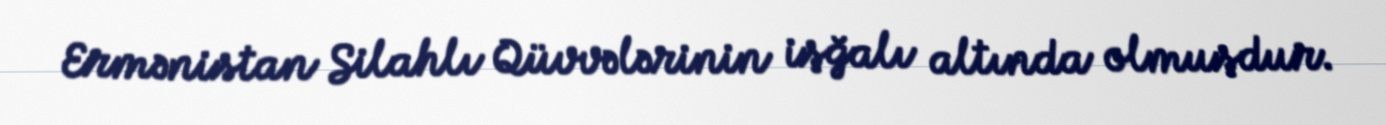
Ermənistan Silahlı Qüvvələrinin işğalı altında olmuşdur.